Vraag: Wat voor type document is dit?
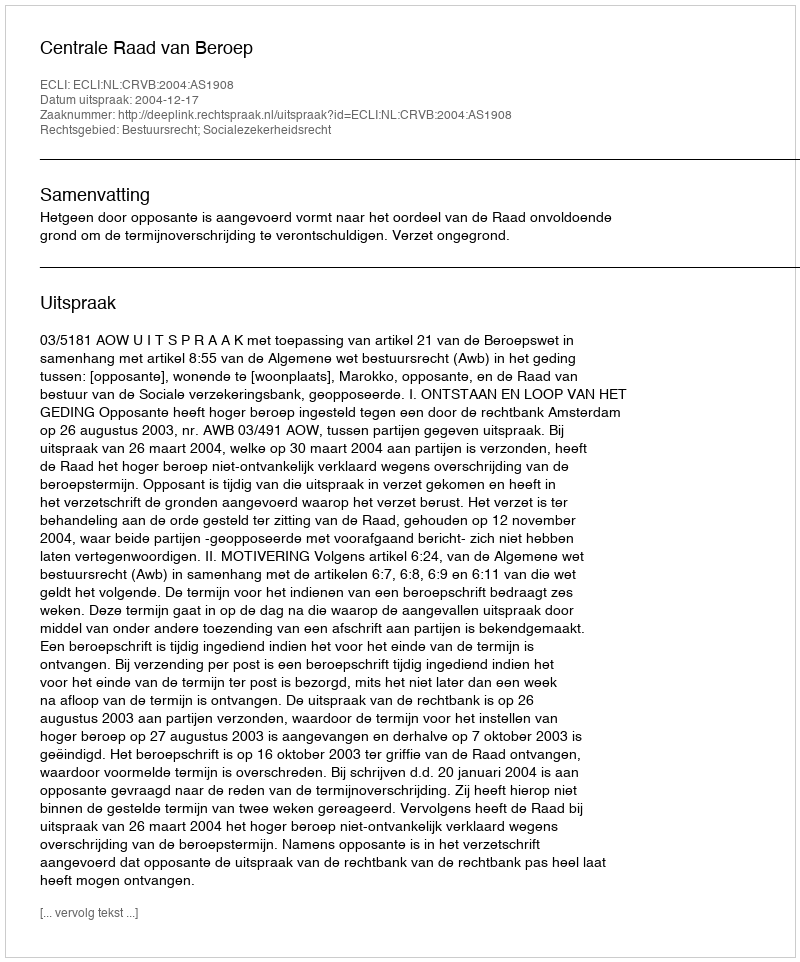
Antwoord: Uitspraak